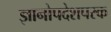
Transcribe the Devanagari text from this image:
ज्ञानोपदेशपरक